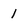
Character: 1